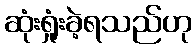
ဆုံးရှုံးခဲ့ရသည်ဟု